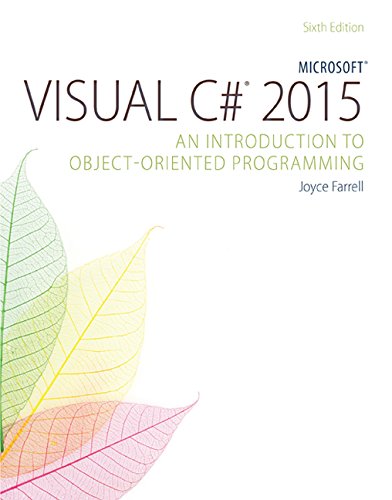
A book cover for Microsoft Visual C# 2015: An Introduction to Object-Oriented Programming; Joyce Farrell; Computers & Technology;